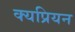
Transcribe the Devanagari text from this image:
क्यप्रियन